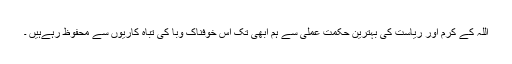
اللہ کے کرم اور ریاست کی بہترین حکمت عملی سے ہم ابھی تک اس خوفناک وبا کی تباہ کاریوں سے محفوظ رہےہیں ۔